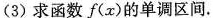
(3)求函数f(x)的单调区间.